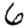
Digit: 6